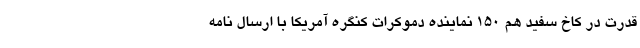
قدرت در کاخ سفید هم 150 نماینده دموکرات کنگره آمریکا با ارسال نامه